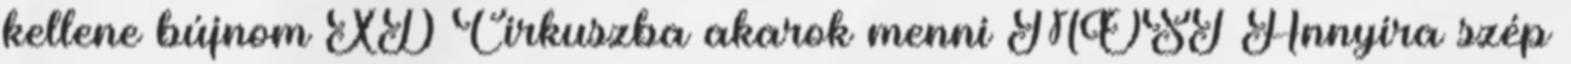
kellene bújnom XD Cirkuszba akarok menni MOST Annyira szép